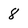
Character: 8